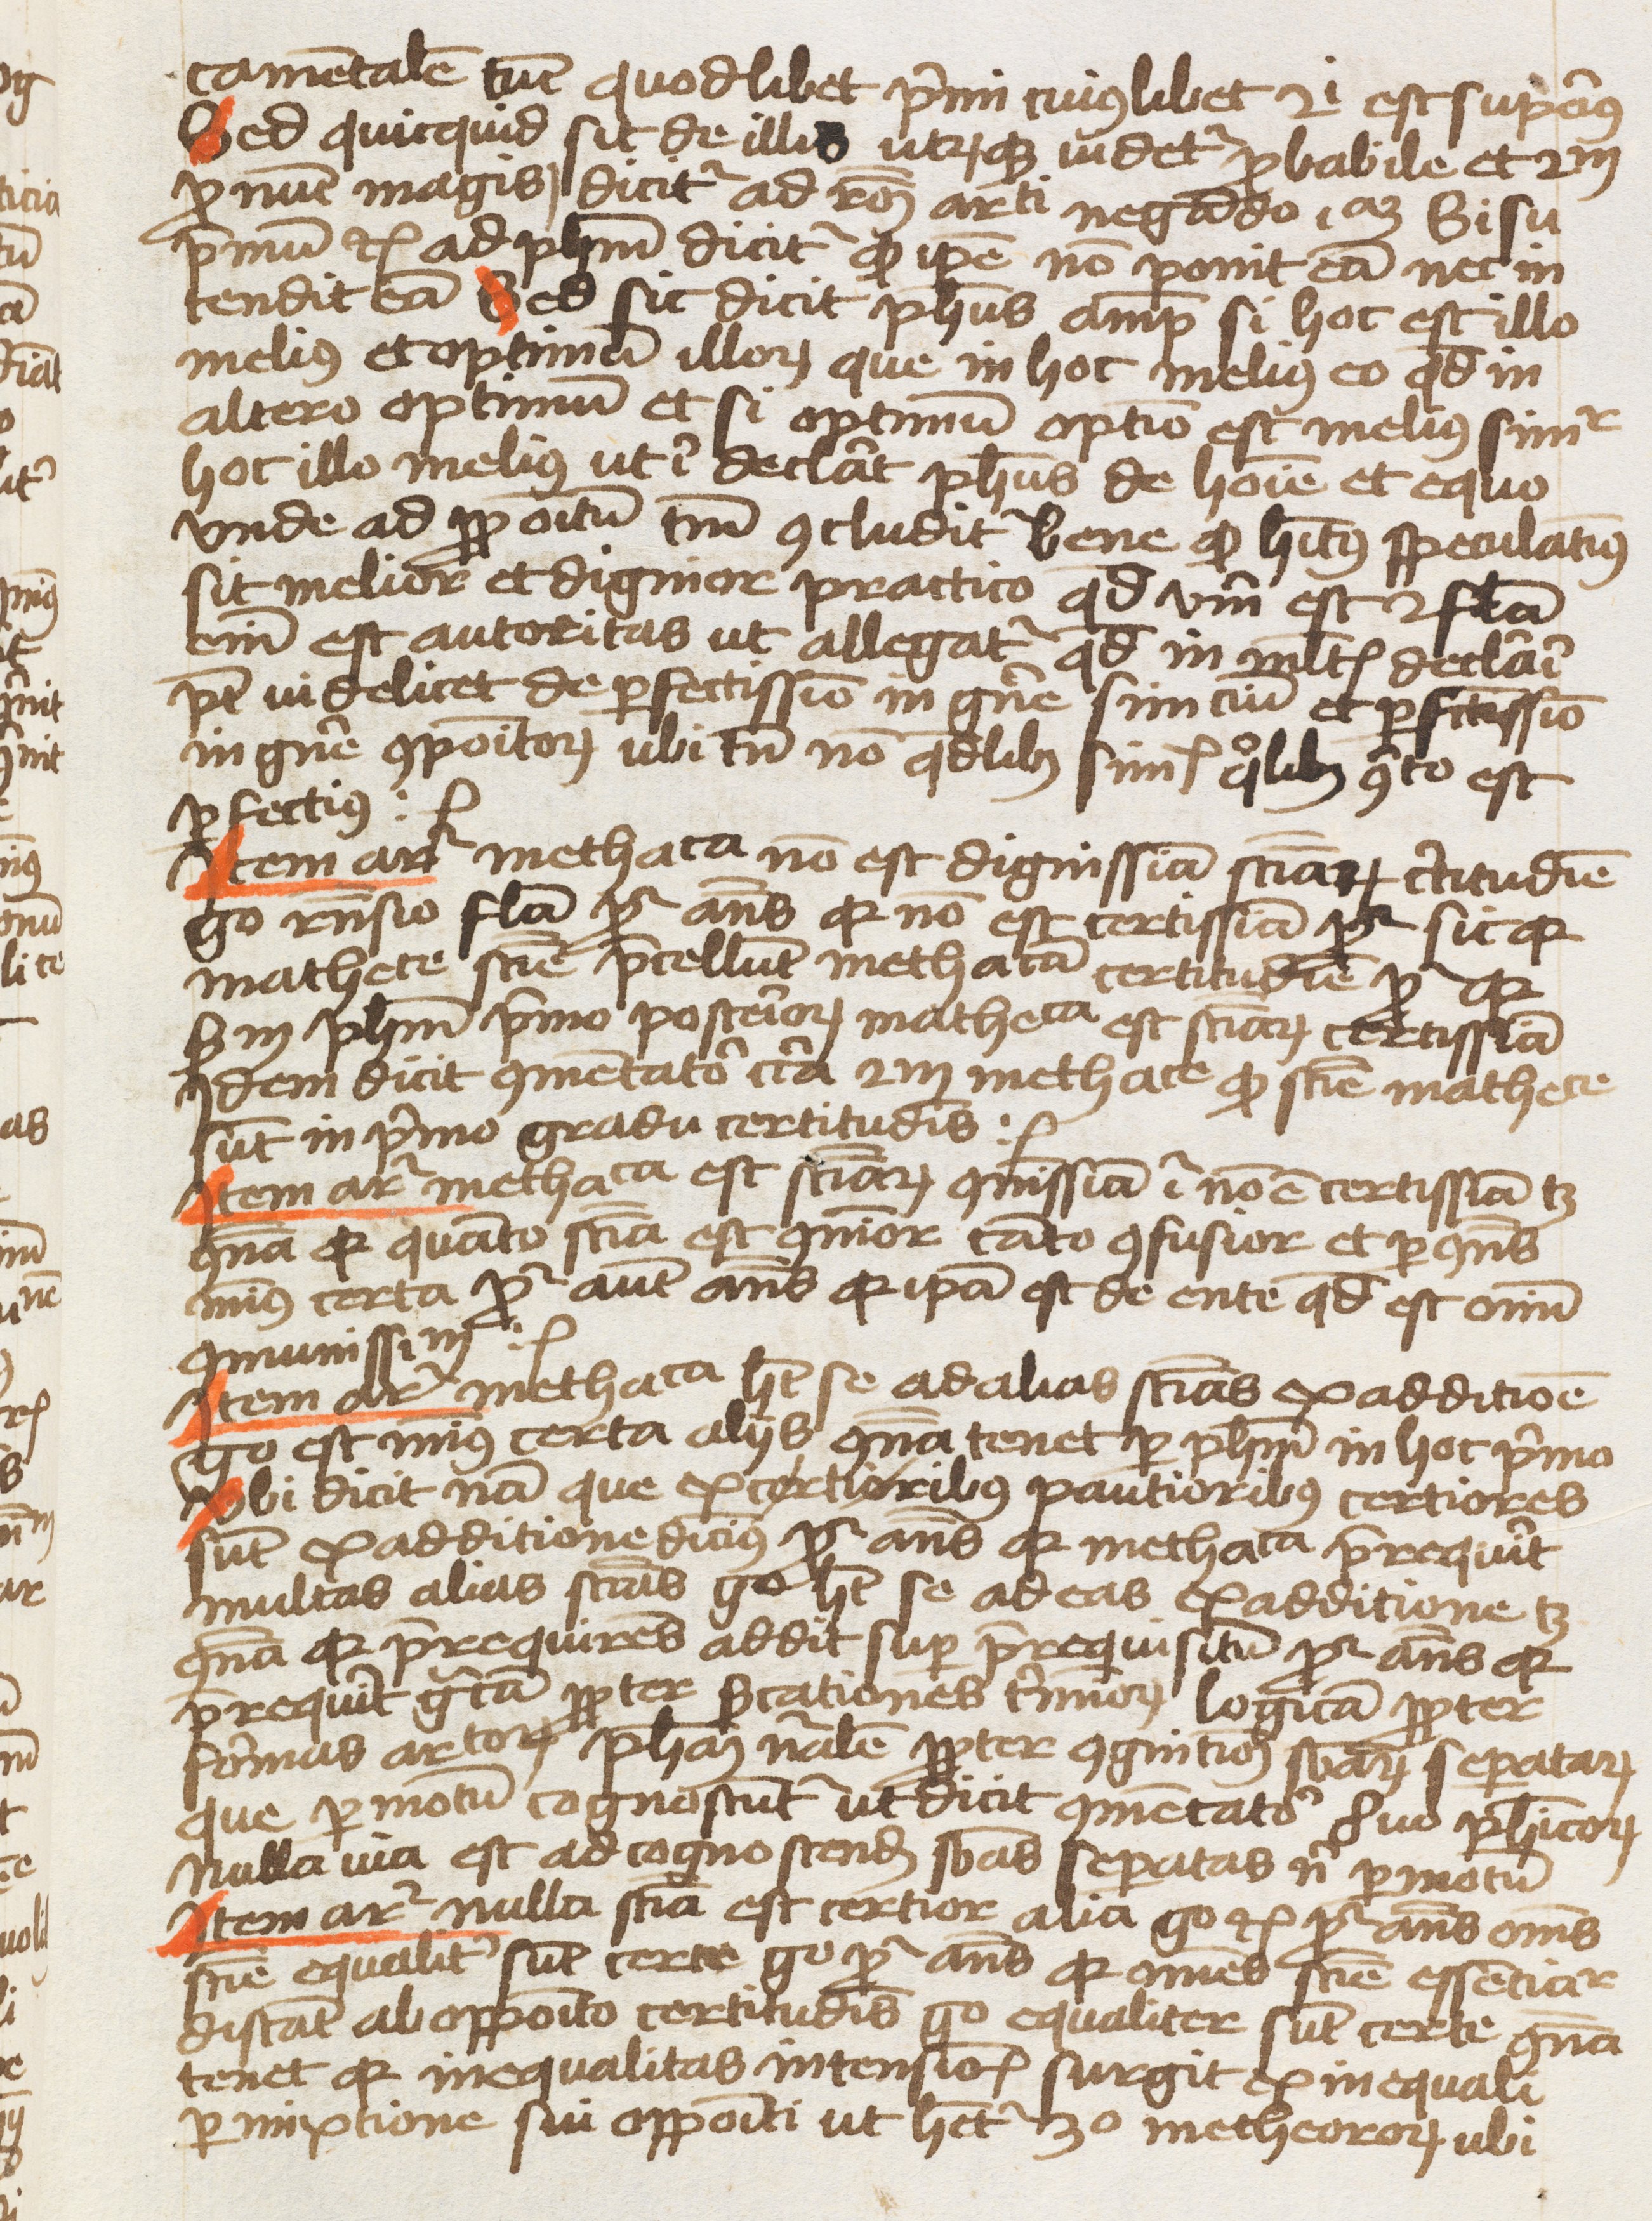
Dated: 1459–1459